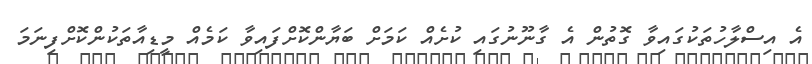
އެ އިސްލާހުތަކުގައިވާ ގޮތުން އެ ގާނޫނުގައި ކުށެއް ކަމަށް ބަޔާންކޮށްފައިވާ ކަމެއް މީޑިއާތަކުންކޮށްފިނަމަ